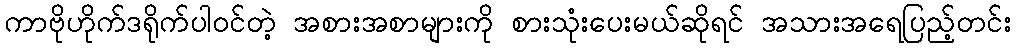
ကာဗိုဟိုက်ဒရိုက်ပါဝင်တဲ့ အစားအစာများကို စားသုံးပေးမယ်ဆိုရင် အသားအရေပြည့်တင်း